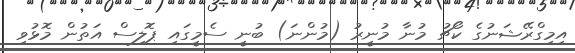
އިމިގްރޭޝަނުގެ ކޯޗު މުނާ މުނީރު (މުންނަ) ބުނީ ސެމީގައި ޕޮލިސް އަތުން މޮޅުވި